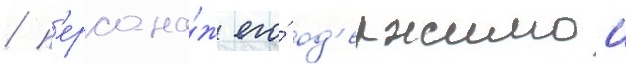
/ п'ерсона́ж его́ од'ержимои